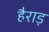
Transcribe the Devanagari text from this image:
हैराड़